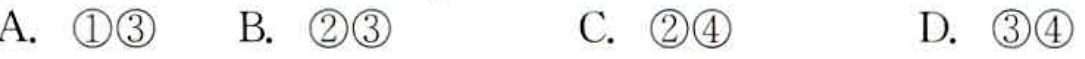
A. \textcircled{1}\textcircled{3}  B. \textcircled{2}\textcircled{3}  C. \textcircled{2}\textcircled{4}  D. \textcircled{3}\textcircled{4}